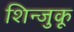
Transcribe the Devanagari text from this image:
शिन्जुकू